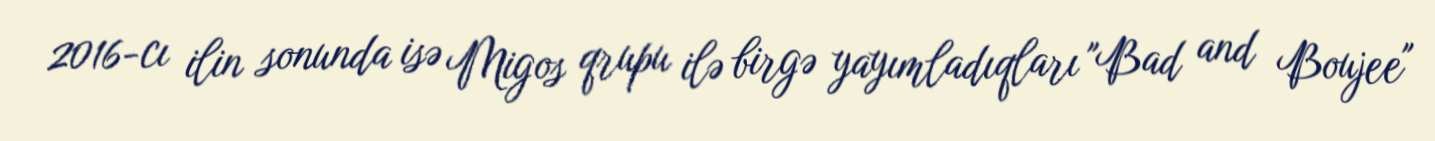
2016-cı ilin sonunda isə Migos qrupu ilə birgə yayımladıqları "Bad and Boujee"